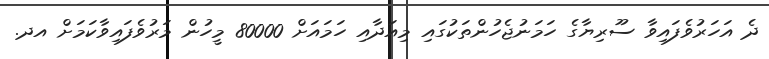
ދެ އަހަރުވެފައިވާ ސޫރިޔާގެ ހަމަނުޖެހުންތަކުގައި މިއަދާއި ހަމައަށް 80000 މީހުން މަރުވެފައިވާކަމަށް އދ.